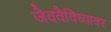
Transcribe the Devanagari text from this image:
जैववैविध्यावर